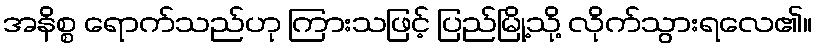
အနိစ္စ ရောက်သည်ဟု ကြားသဖြင့် ပြည်မြို့သို့ လိုက်သွားရလေ၏။